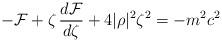
LaTeX: \begin{align*}-{\cal F}+\zeta \,\frac{d{\cal F}}{d\zeta }+4|\rho |^2\zeta ^2=-m^2c^2\end{align*}